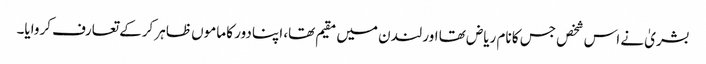
بشریٰ نے اس شخص جس کا نام ریاض تھا اور لندن میں مقیم تھا، اپنا دور کا ماموں ظاہر کرکے تعارف کروایا۔